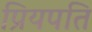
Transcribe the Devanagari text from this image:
प्रियपति